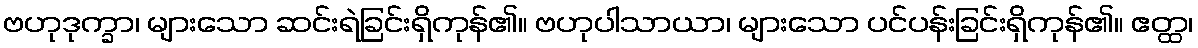
ဗဟုဒုက္ခာ၊ များသော ဆင်းရဲခြင်းရှိကုန်၏။ ဗဟုပါသာယာ၊ များသော ပင်ပန်းခြင်းရှိကုန်၏။ ဧတ္ထ၊